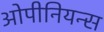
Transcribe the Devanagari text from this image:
ओपीनियन्स